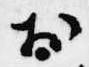
於